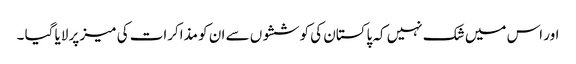
اور اس میں شک نہیں کہ پاکستان کی کوششوں سے ان کو مذاکرات کی میز پر لایا گیا ۔